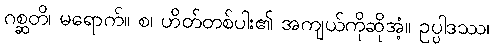
ဂစ္ဆတိ၊ မရောက်။ စ၊ ဟိတ်တစ်ပါး၏ အကျယ်ကိုဆိုအံ့။ ဥပ္ပါဒဿ၊